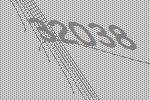
32038